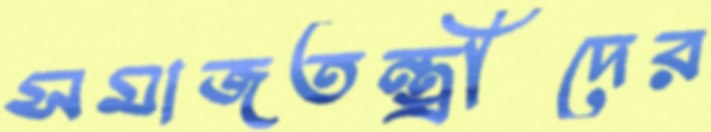
সমাজতন্ত্রীদের